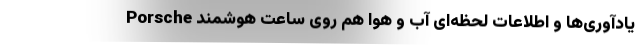
یادآوری‌ها و اطلاعات لحظه‌ای آب و هوا هم روی ساعت هوشمند Porsche